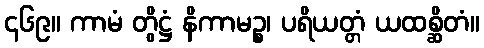
၄၆၉။ ကာမံ တွိဋ္ဌံ နိကာမဉ္စ၊ ပရိယတ္တံ ယထစ္ဆိတံ။